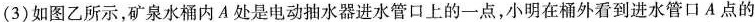
(3)如图乙所示，矿泉水桶内A处是电动抽水器进水管口上的一点，小明在桶外看到进水管口A点的